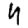
Digit: 4